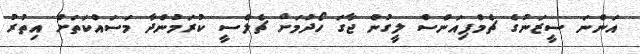
އަންނަ ސީޒަނުގެ ޗެމްޕިއަންސް ލީގުން ޖާގަ ހޯދުމަށް ޗެލްސީ ކުރަމުންދާ މަސައްކަތަށް އިތުރު